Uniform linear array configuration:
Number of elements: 8
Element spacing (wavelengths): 1
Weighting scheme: binomial
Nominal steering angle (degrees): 0
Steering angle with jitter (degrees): -0.8745
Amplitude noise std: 0.05
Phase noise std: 0.05

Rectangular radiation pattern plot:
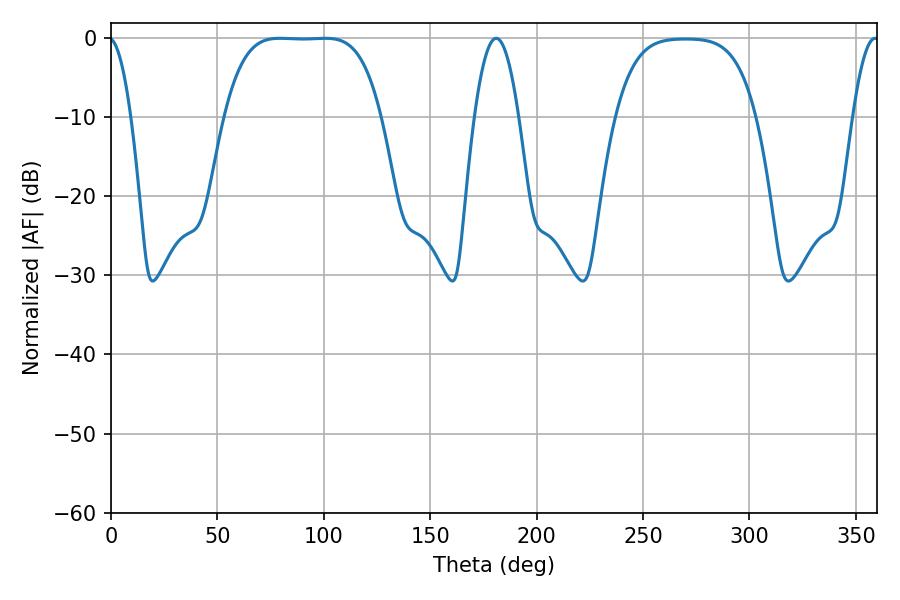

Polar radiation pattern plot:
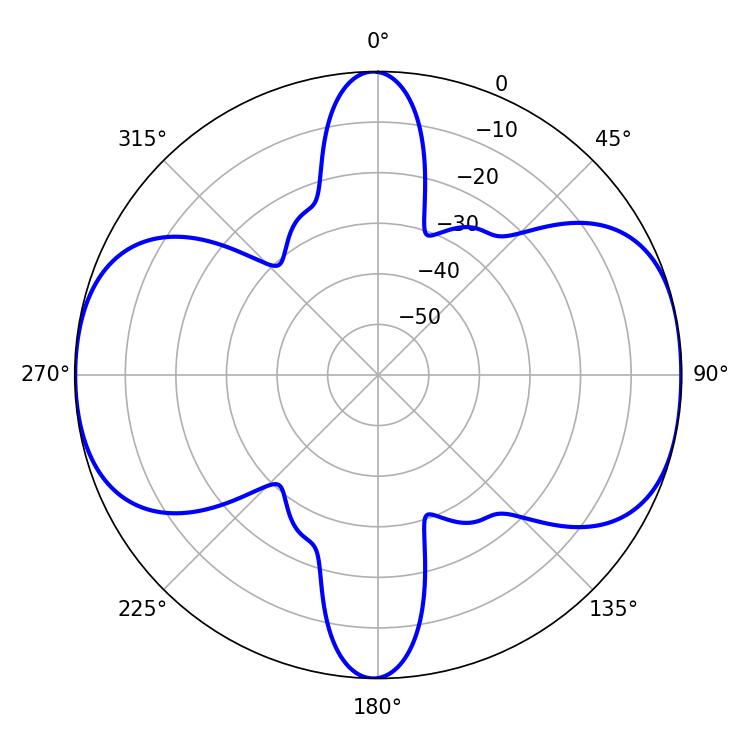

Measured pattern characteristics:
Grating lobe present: TRUE
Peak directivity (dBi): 11.027
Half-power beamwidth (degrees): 56.16
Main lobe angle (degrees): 79.38